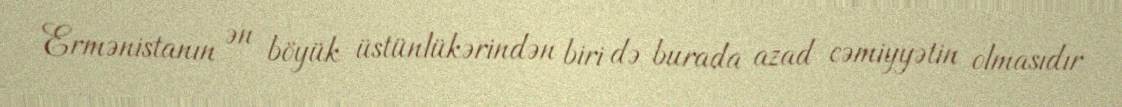
Ermənistanın ən böyük üstünlükərindən biri də burada azad cəmiyyətin olmasıdır